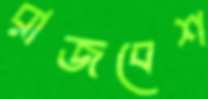
রাজবেশ